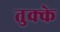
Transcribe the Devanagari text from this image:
तुक्के